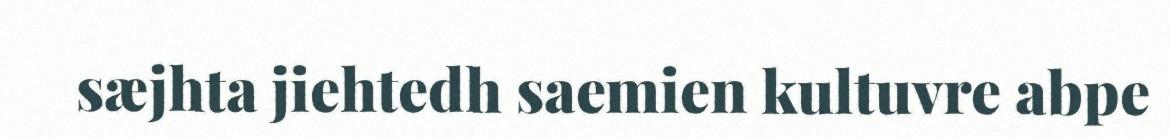
sæjhta jiehtedh saemien kultuvre abpe